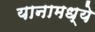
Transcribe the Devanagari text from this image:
यानामध्ये